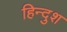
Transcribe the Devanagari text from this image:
हिन्दुश